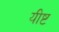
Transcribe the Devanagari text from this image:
यीष्ट